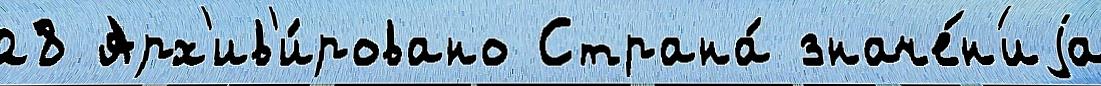
28 Арх'ив'и́ровано Страна́ значе́н'иjа